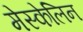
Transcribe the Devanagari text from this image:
मेस्केलिन